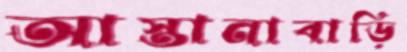
আস্তানাবাড়ি